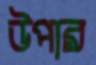
উপার